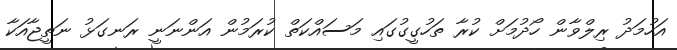
އަހުމަދު ރިލްވާން ހޯދުމަށް ކުރާ ތަހުގީގުގައި މަސައްކަތް ކުރަމުން އަންނަނީ ރަނގަޅު ނަތީޖާއަކާ